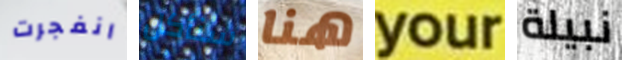
انفجرت سنأكل هنا your نبيلة